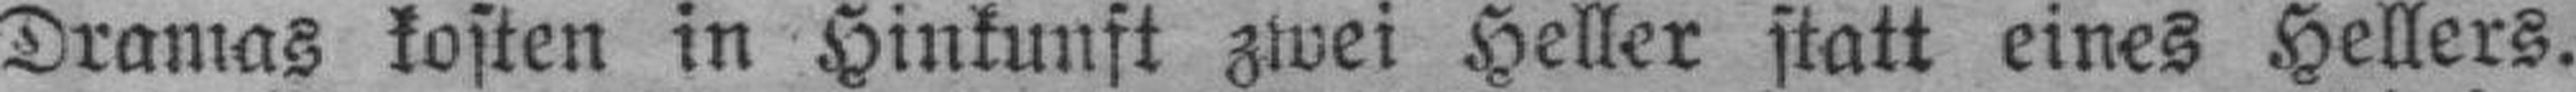
Dramas kosten in Hinkunft zwei Heller statt eines Hellers.